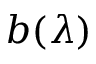
b ( \lambda )